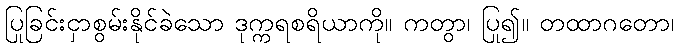
ပြုခြင်းငှာစွမ်းနိုင်ခဲသော ဒုက္ကရစရိယာကို။ ကတွာ၊ ပြု၍။ တထာဂတော၊